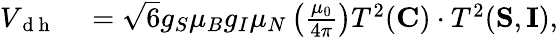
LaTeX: \begin{array}{rl}{V_{\mathrm{~d~h~}}}&{{}=\sqrt{6}g_{S}\mu_{B}g_{I}\mu_{N}\left(\frac{\mu_{0}}{4\pi}\right)T^{2}({\mathbf C})\cdot T^{2}({\mathbf S},{\mathbf I}),}\end{array}